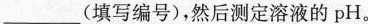
___(填写编号)，然后测定溶液的pH。